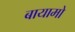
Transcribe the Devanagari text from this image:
बायामो